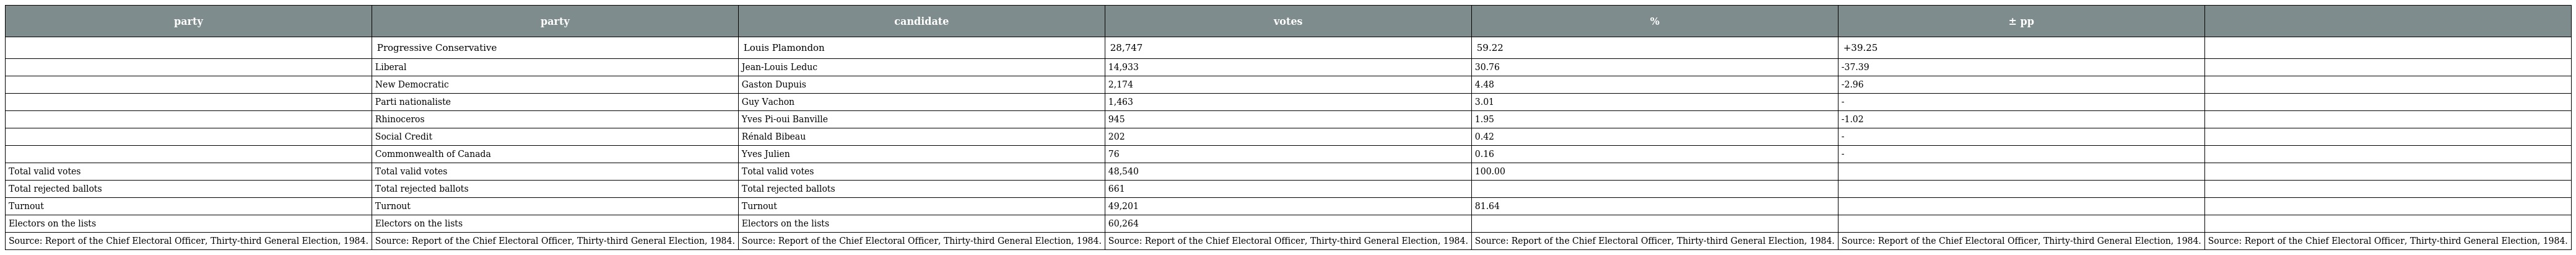
| party | party | candidate | votes | % | ± pp |  |
 | --- | --- | --- | --- | --- | --- | --- |
 |  | Progressive Conservative | Louis Plamondon | 28,747 | 59.22 | +39.25 |  |
 |  | Liberal | Jean-Louis Leduc | 14,933 | 30.76 | -37.39 |  |
 |  | New Democratic | Gaston Dupuis | 2,174 | 4.48 | -2.96 |  |
 |  | Parti nationaliste | Guy Vachon | 1,463 | 3.01 | - |  |
 |  | Rhinoceros | Yves Pi-oui Banville | 945 | 1.95 | -1.02 |  |
 |  | Social Credit | Rénald Bibeau | 202 | 0.42 | - |  |
 |  | Commonwealth of Canada | Yves Julien | 76 | 0.16 | - |  |
 | Total valid votes | Total valid votes | Total valid votes | 48,540 | 100.00 |  |  |
 | Total rejected ballots | Total rejected ballots | Total rejected ballots | 661 |  |  |  |
 | Turnout | Turnout | Turnout | 49,201 | 81.64 |  |  |
 | Electors on the lists | Electors on the lists | Electors on the lists | 60,264 |  |  |  |
 | Source: Report of the Chief Electoral Officer, Thirty-third General Election, 1984. | Source: Report of the Chief Electoral Officer, Thirty-third General Election, 1984. | Source: Report of the Chief Electoral Officer, Thirty-third General Election, 1984. | Source: Report of the Chief Electoral Officer, Thirty-third General Election, 1984. | Source: Report of the Chief Electoral Officer, Thirty-third General Election, 1984. | Source: Report of the Chief Electoral Officer, Thirty-third General Election, 1984. | Source: Report of the Chief Electoral Officer, Thirty-third General Election, 1984. |